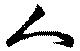
人